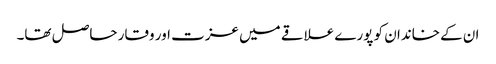
ان کے خاندان کو پورے علاقے میں عزت اور وقار حاصل تھا۔